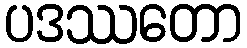
ပဒဿတော